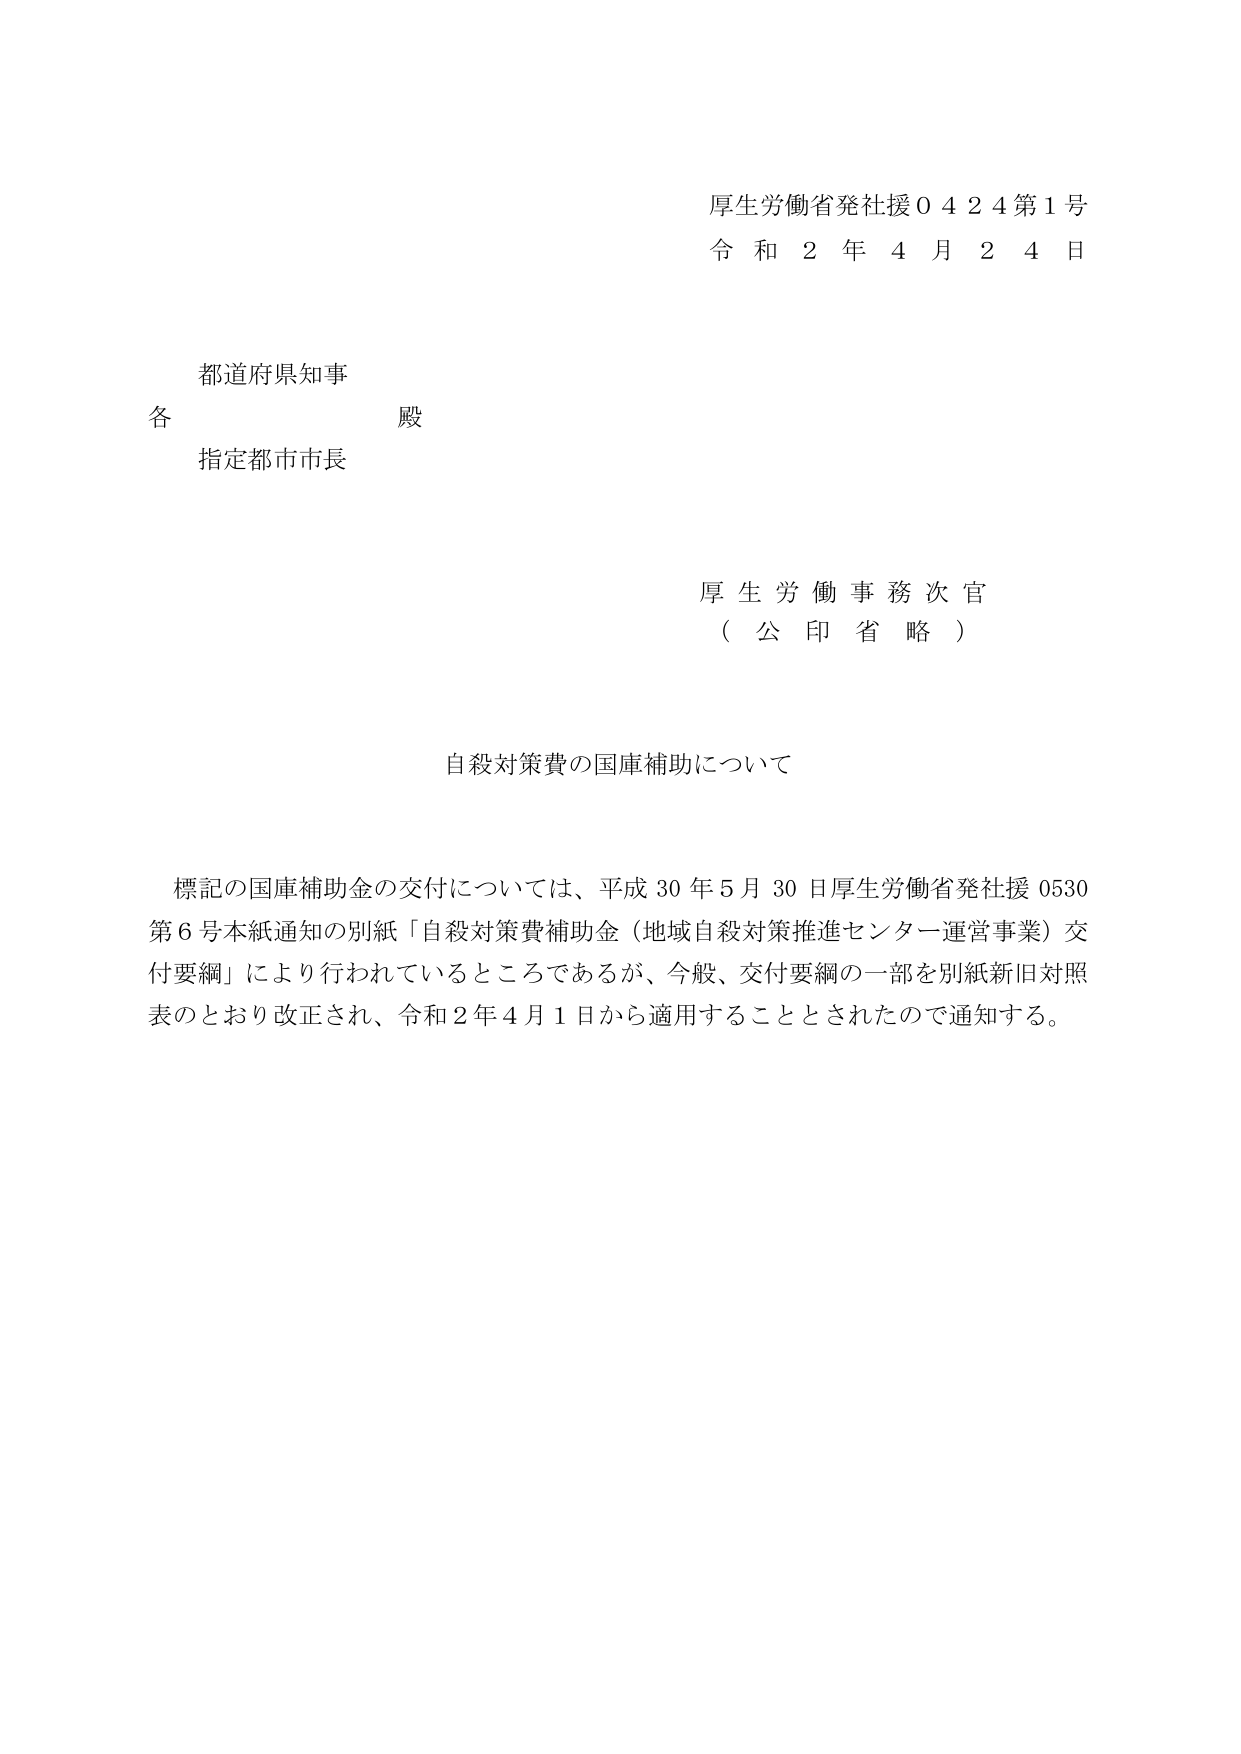
厚生労働省発社援0424第1号
令和2年4月24日

都道府県知事
各 殿
指定都市市長

厚生労働事務次官
（公印省略）

自殺対策費の国庫補助について

標記の国庫補助金の交付については、平成30年5月30日厚生労働省発社援0530第6号本紙通知の別紙「自殺対策費補助金（地域自殺対策推進センター運営事業）交付要綱」により行われているところであるが、今般、交付要綱の一部を別紙新旧対照表のとおり改正され、令和2年4月1日から適用することとされたので通知する。